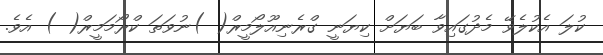
ކުލަ އެކުލެވޭ މެދުގައިވާ ބަޔަށް ކިޔަނީ ގްރެނިއޫލޯމީރް( )ނުވަތަ ކްރޯމަމީރް( ) އެވެ.